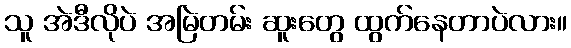
သူ အဲဒီလိုပဲ အမြဲတမ်း ဆူးတွေ ထွက်နေတာပဲလား။